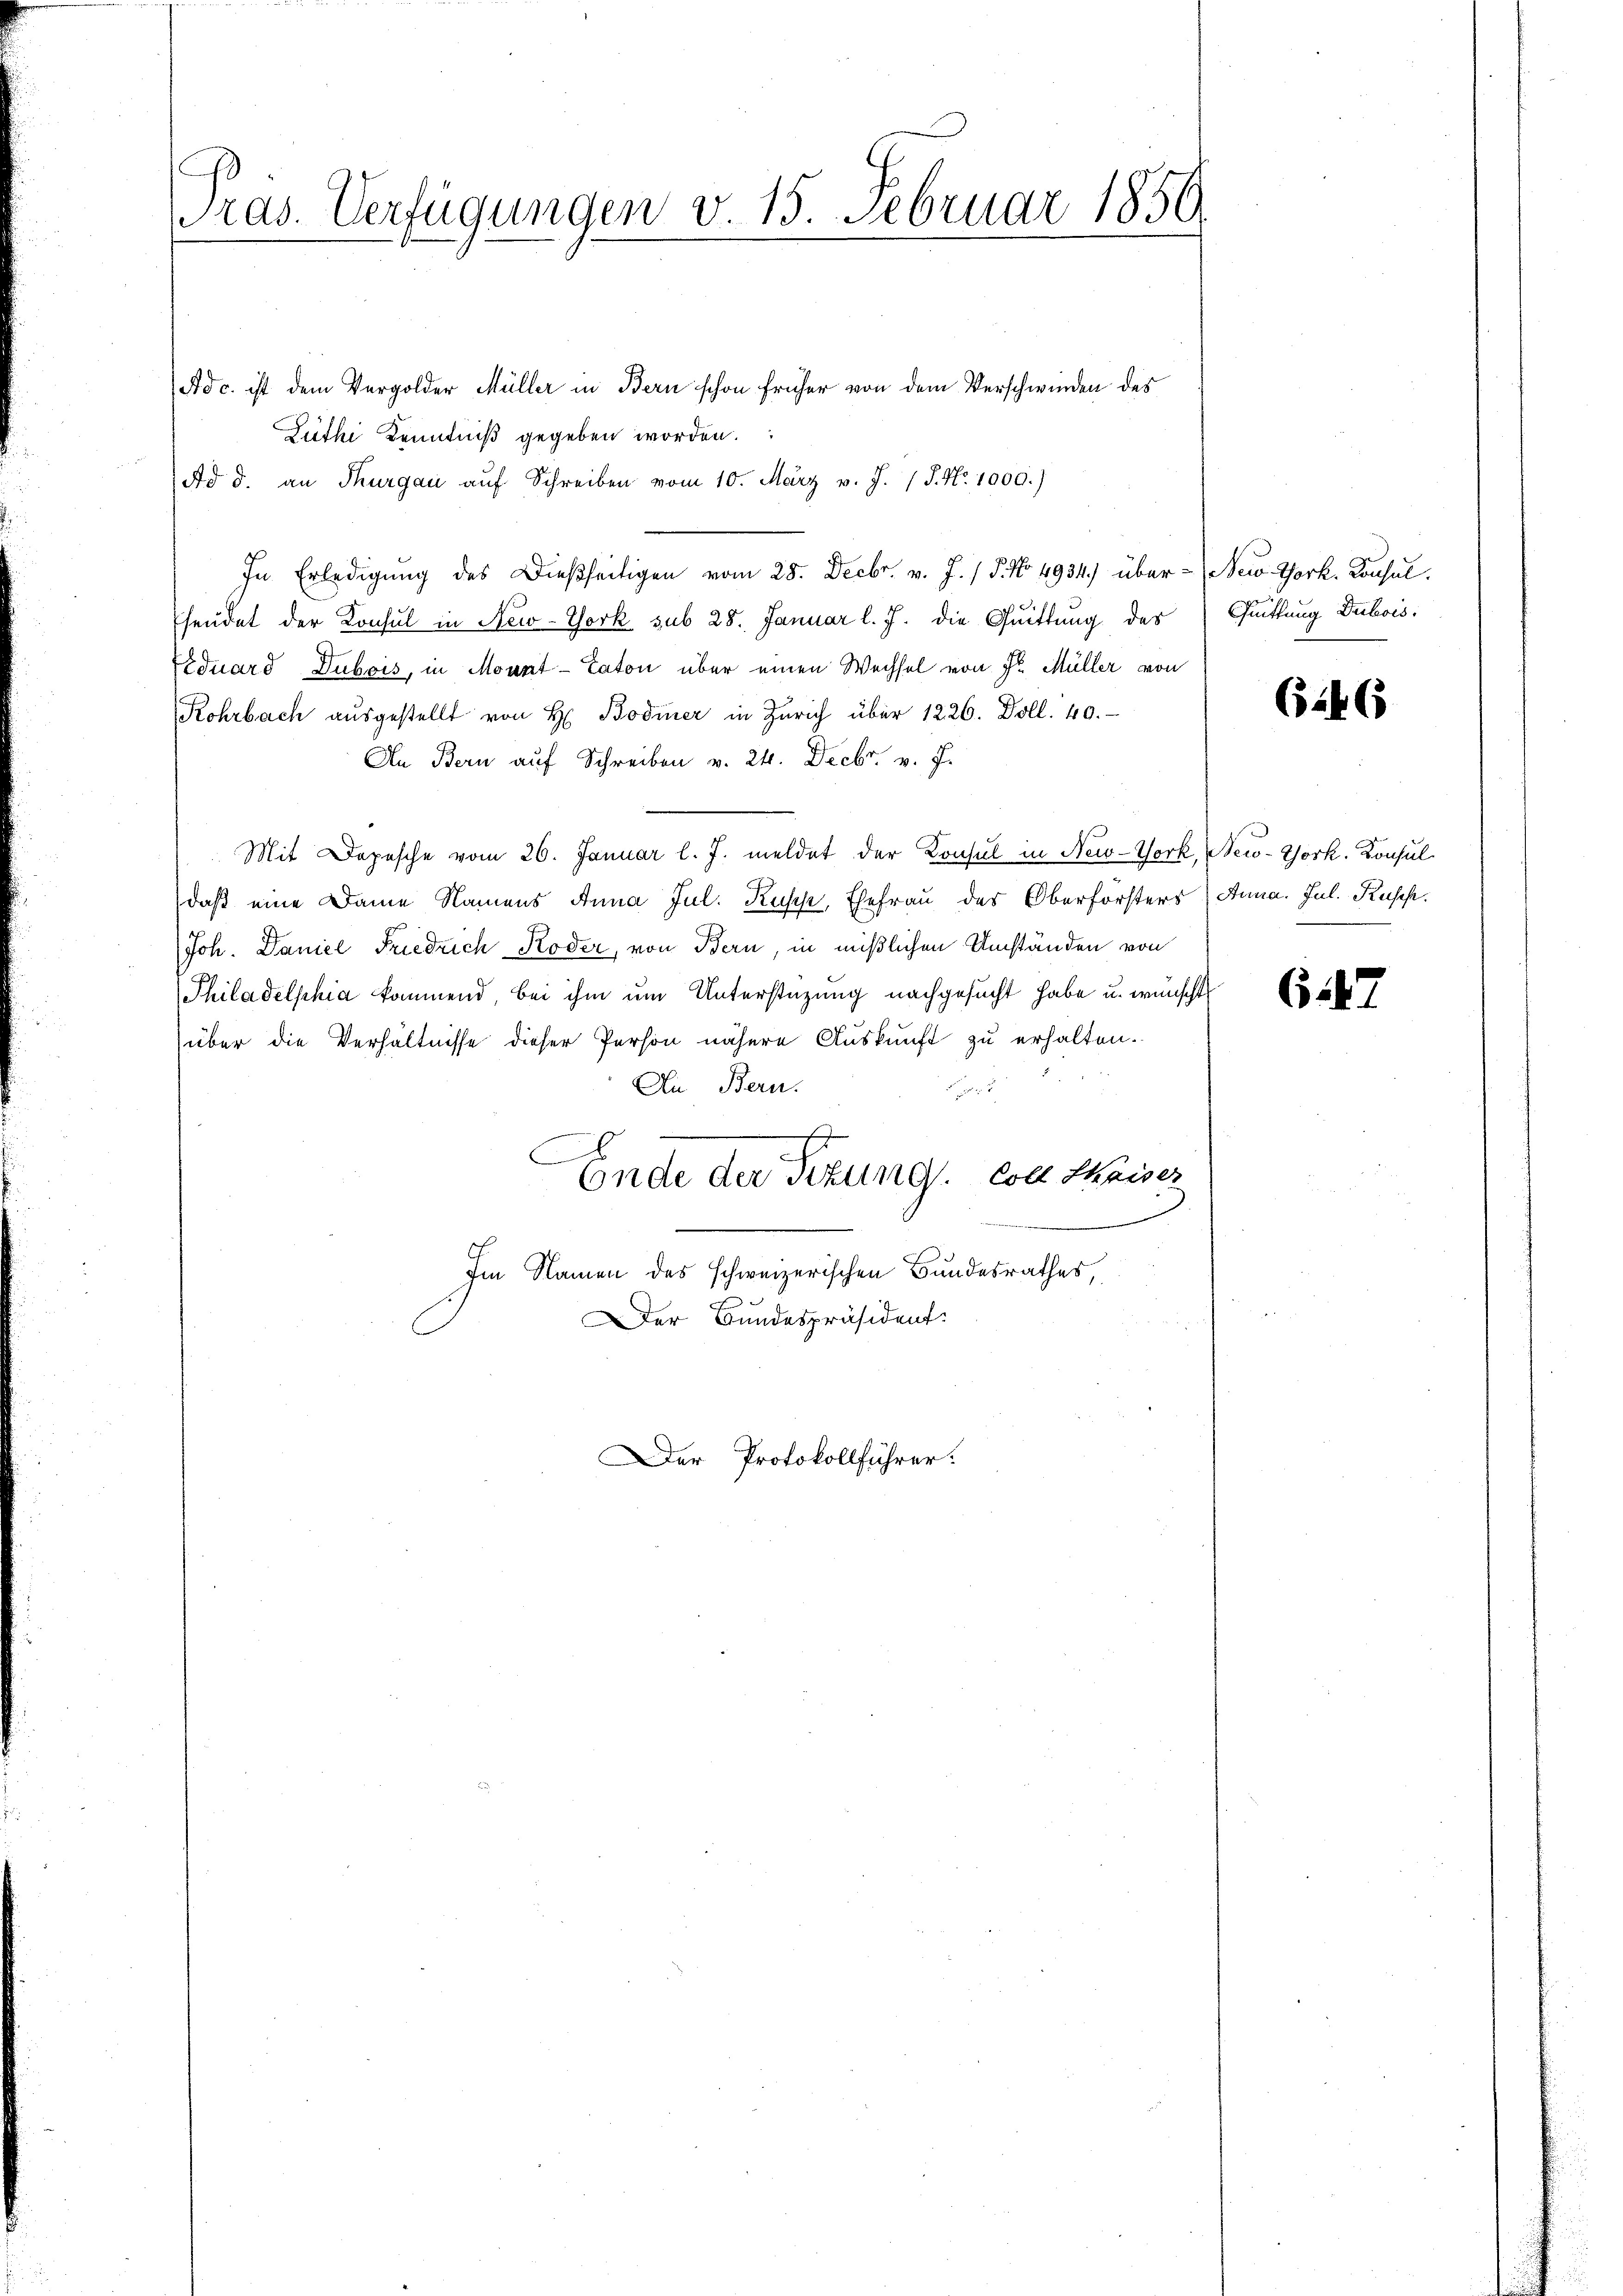
Adc. ist dem Vergolder Müller in Bern schon früher von dem Verschwinden des
Züthi Kenntniß gegeben worden.
Ad d. an Thurgau auf Schreiben vom 10. März v. J. 1 S. Nr. 1000.)
In Erledigung des Dießseitigen vom 28. Decbr. v. J. / 5. No. 4934.) über - (New York. Konsul
hendet der Konsul in New-York sub 28. Januar l. J. die Quittung des
Eduard Dubois, in Mount-Taton über einen Wechsel von Fr. Müller von
Rohrbach aŭsgestellt von H. Bodmer in Zürich über 1226. Doll. 40.
An Bern auf Schreiben v. 24. Decbr. v. J.
Mit Depesche vom 26. Januar l. J. meldet der Konsul in New-York, New-York, Konsuldaß eine Dame Namens Anna Jul. Rupp, Ehefrau des Oberförsters (Anna. Jul. Kusch.
Joh. Daniel Friedrich Koder, von Bern, in mißlichen Umständen von
Philadelphia kommend, bei ihm um Unterstüzung nachgesucht habe u. wünschte
über die Verhältnisse dieser Person nähere Auskunft zu erhalten.
An Bern.
e

Ende der Titung. Soll Kaiser
Im Namen des schweizerischen Bundesrathes,
Der Bundespräsident.

ras. Verfügungen v. 15. Februar 1859

Der Protokollführer.

Quittung Dubois.

(146

6247